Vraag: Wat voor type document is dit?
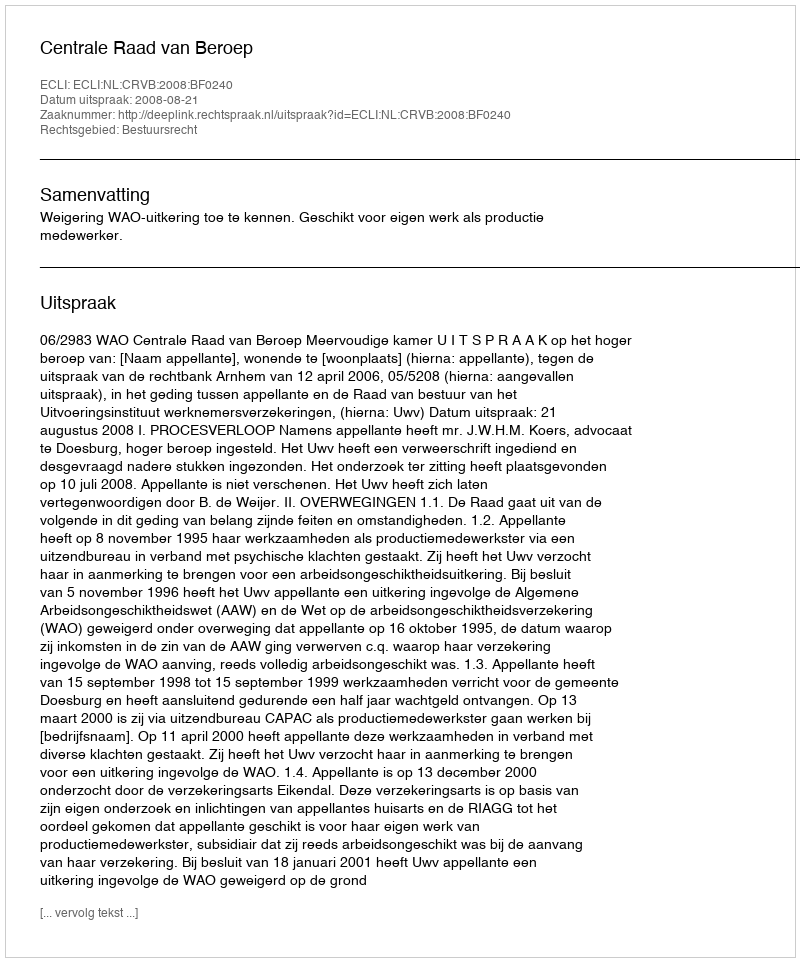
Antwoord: Uitspraak